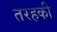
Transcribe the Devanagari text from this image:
तरहकी